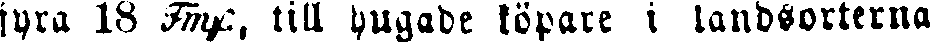
fyra 18 Fmp, till hugade löpare i landsorterna